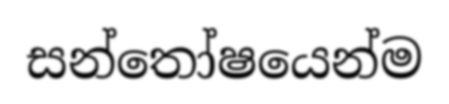
සන්තෝෂයෙන්ම